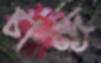
চান্দ্র